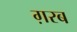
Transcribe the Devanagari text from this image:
ग़रब